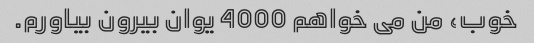
خوب، من می خواهم 4000 یوان بیرون بیاورم.